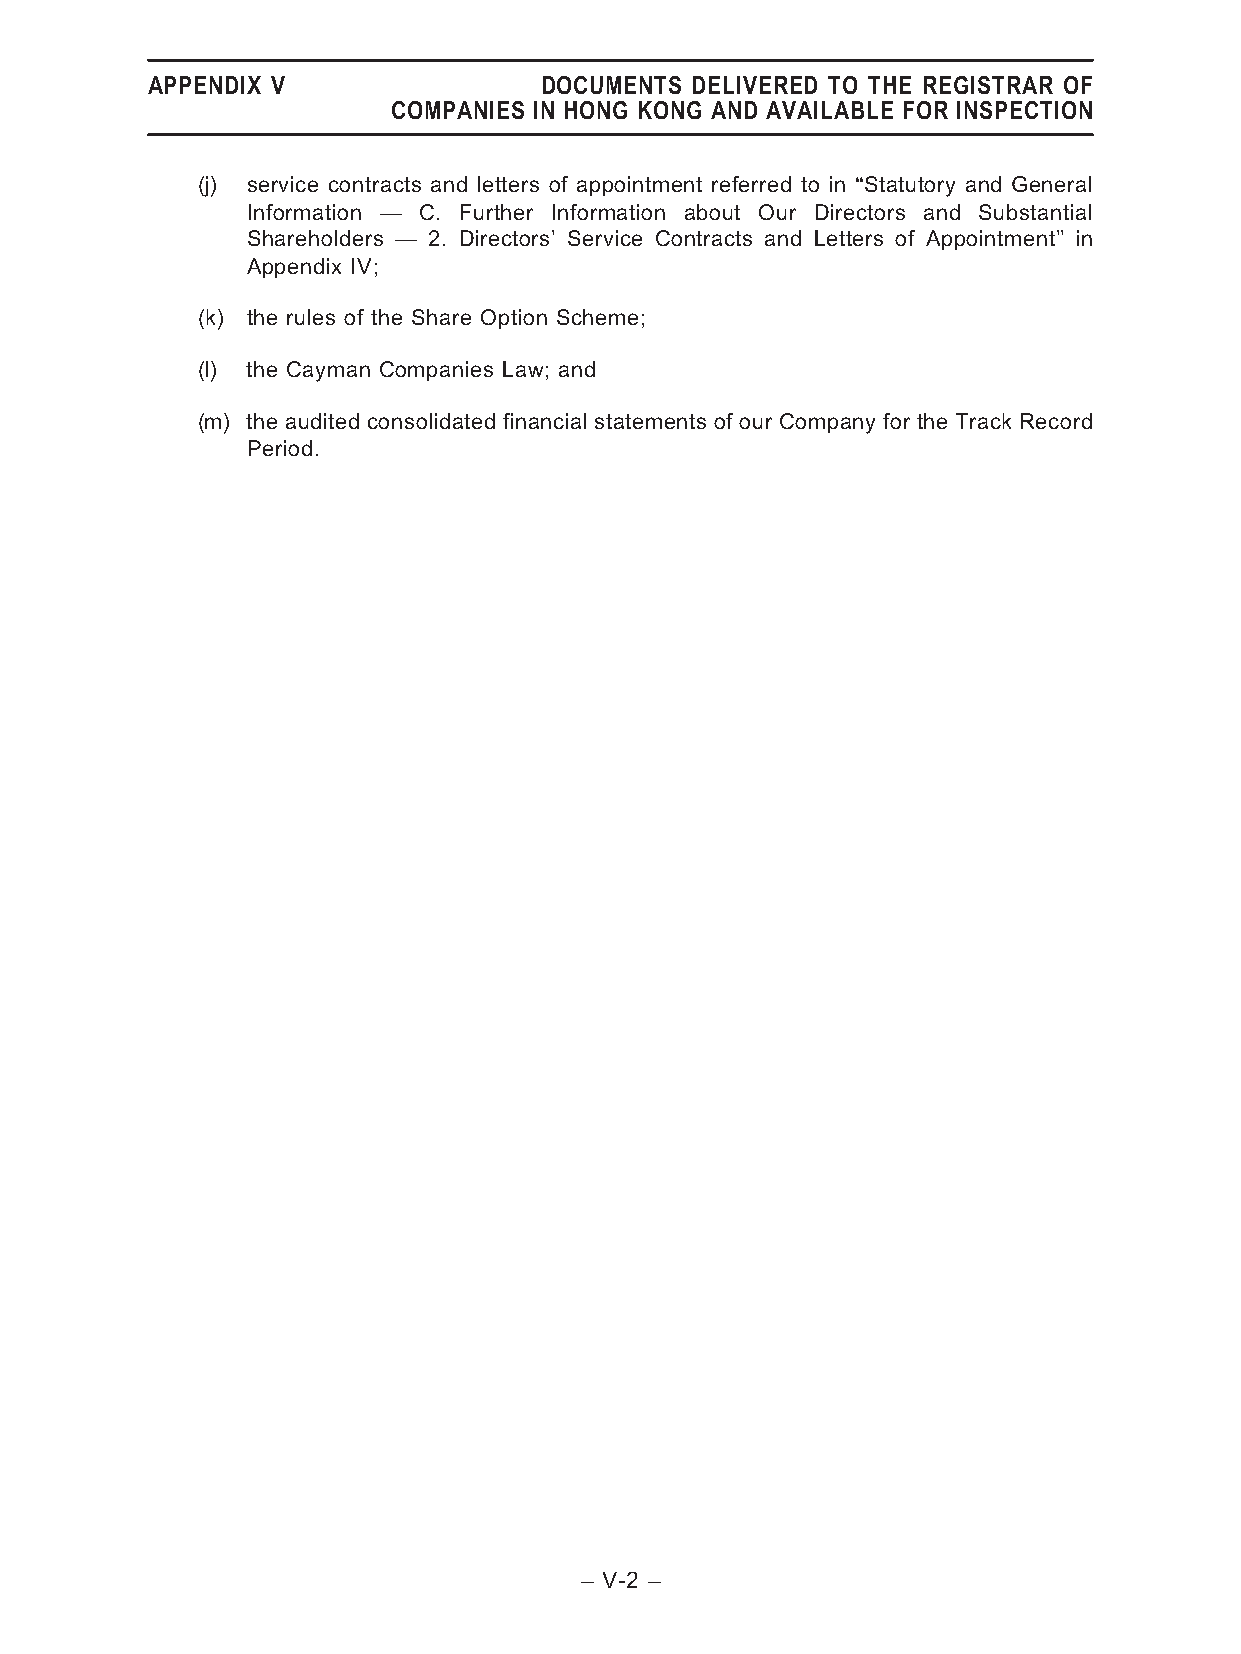
APPENDIX V                DOCUMENTS DELIVERED TO THE REGISTRAR OF
 COMPANIES IN HONG KONG AND AVAILABLE FOR INSPECTION
 (j) service contracts and letters of appointment referred to in ‘‘Statutory and General
 Information — C. Further Information about Our Directors and Substantial
 Shareholders — 2. Directors’ Service Contracts and Letters of Appointment’’ in
 Appendix IV;
 (k) the rules of the Share Option Scheme;
 (l) the Cayman Companies Law; and
 (m) the audited consolidated financial statements of our Company for the Track Record
 Period.
 – V-2 –